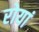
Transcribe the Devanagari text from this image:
रोयां